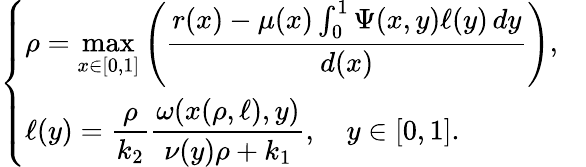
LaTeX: \left\{ \begin{array}{ll}{\rho=\displaystyle\operatorname*{max}_{x\in\lbrack 0,1]}\left(\frac{r(x)-\mu(x)\int_{0}^{1}\Psi(x,y)\ell(y)\, dy}{d(x)}\right),}&\\ {\ell(y)=\displaystyle\frac{\rho}{k_{2}}\frac{\omega(x(\rho,\ell),y)}{\nu(y)\rho+k_{1}},\quad y\in[0,1].}\end{array}\right.